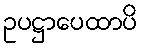
ဥပဋ္ဌာပေထာပိ